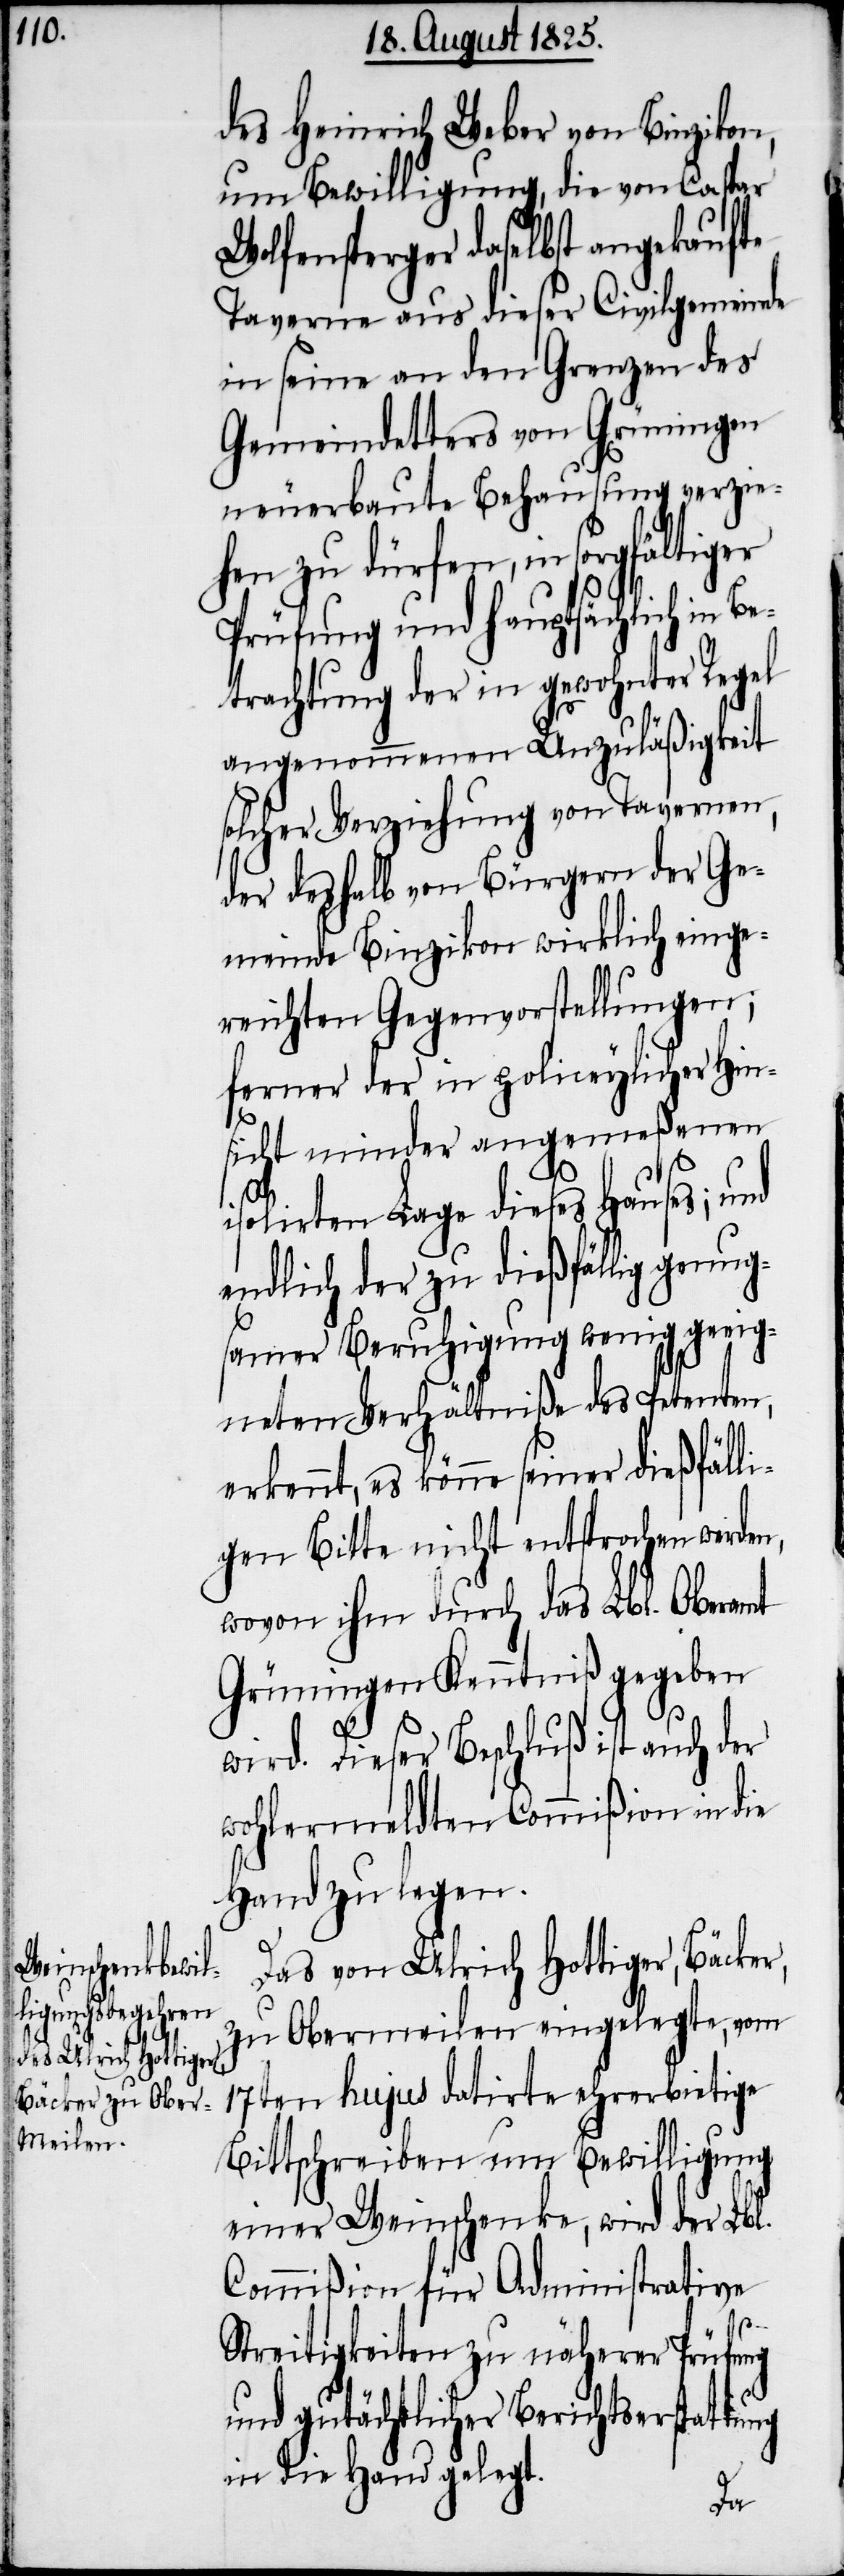
des Heinrich Weber von Binzikon,
um Bewilligung, die von Caspar
Wolfensperger daselbst angekaufte
Taverne aus dieser Civilgemeinde
in seine an den Grenzen des
Gemeindetters von Grüningen
neuerbaute Behausung verzie¬
hen zu dürfen, in sorgfältiger
Prüfung und hauptsächlich in
trachtung der in gewohnter Regel
angenommenen Unzuläßigkeit
solcher Verziehung von Tavernen,
der deshalb von Bürgern der Ge¬
meinde Binzikon wirklich einge¬
reichten Gegenvorstellungen;
ferner der in policeylicher Hin¬
sicht minder angemeßenen
isolirten Lage dieses Hauses; und
endlich der zu dießfällig genug¬
samer Beruhigung wenig geeig¬
neten Verhältniße des Petenten,
erkennt, es könne seiner dießfälli¬
gen Bitte nicht entsprochen werden,
wovon ihm durch das Lbl. Oberamt
Grüningen Kenntniß gegeben
Be¬
wird. Dieser Beschluß ist auch der
wohlermeldten Commißion in die
Hand zu legen.
Das von Ulrich Hottiger, Bäcker,
zu Obermeilen eingelegte, vom
17ten hujus datirte ehrerbietige
Bittschreiben um Bewilligung
einer Weinschenke, wird der Lbl.
Commißion für Administrative
Streitigkeiten zu näherer Prüfung
und gutächtlicher Berichtserstat¬
in die Hand gelegt.
tung